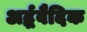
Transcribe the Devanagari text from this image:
अर्द्धवैदिक